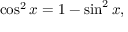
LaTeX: \cos ^ { 2 } x = 1 - \sin ^ { 2 } x ,